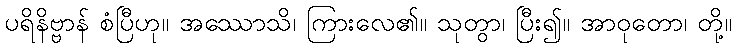
ပရိနိဗ္ဗာန် စံပြီဟု။ အဿောသိ၊ ကြားလေ၏။ သုတွာ၊ ပြီး၍။ အာဝုတော၊ တို့။